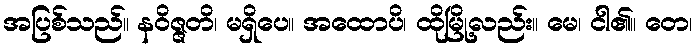
အပြစ်သည်။ နဝိဇ္ဇတိ၊ မရှိပေ။ အထောပိ၊ ထိုမြို့လည်း။ မေ၊ ငါ၏။ တေ၊